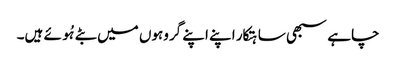
چاہے سبھی ساہتکار اپنے اپنے گروہوں میں بٹے ہُوئے ہیں۔